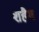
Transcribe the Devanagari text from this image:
शहैम